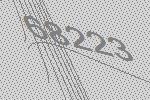
68223